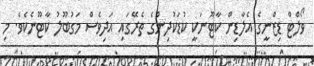
ވޯލްޓް ޑިޒްނީގެ އެލާޑިން ކާޓޫނަކީ ކުޑަކުދިންގެ ތެރޭގައި އަދިވެސް މަަގުބޫލު ކާޓޫނެކެވެ. މި